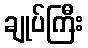
ချုပ်ကြီး